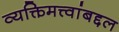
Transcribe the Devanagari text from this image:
व्यक्तिमत्त्वांबद्दल